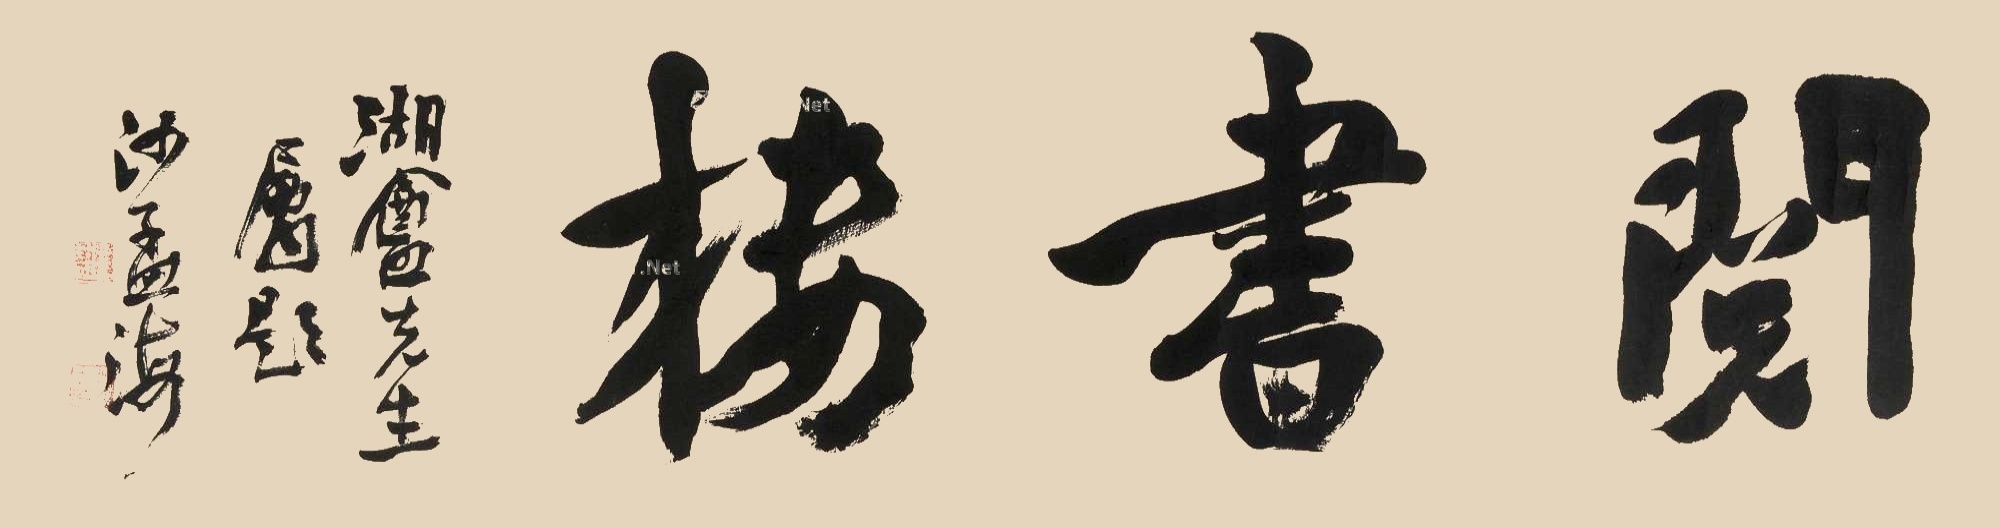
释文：阅书楼。湖盦先生属题，沙孟海。